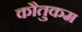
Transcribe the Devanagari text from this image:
कौतुकम